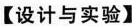
【设计与实验】